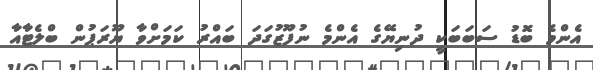
އެންމެ ބޮޑު ސަބަބަކީ ދުނިޔޭގެ އެންމެ ނުފޫޒުގަދަ ބައްރު ކަމަށްވާ ޔޫރަޕުން ބްލެޓާއާ